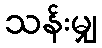
သန်းမျှ